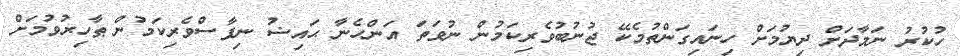
ހުކުރު ނަމާދަށް ދިޔުމަށް ހިނައިގަންތުމެކޭ ޖުނުބުވެރިކަމުން ނުވަތަ އަންހެނާ ޙައިޟު ނިފާސްވެރިކަމުން ޠާހިރުވުމަށް